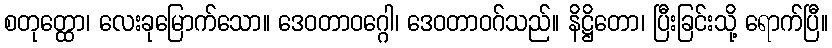
စတုတ္ထော၊ လေးခုမြောက်သော။ ဒေဝတာဝဂ္ဂေါ၊ ဒေဝတာဝဂ်သည်။ နိဋ္ဌိတော၊ ပြီးခြင်းသို့ ရောက်ပြီ။